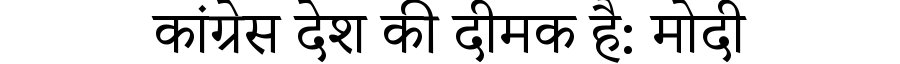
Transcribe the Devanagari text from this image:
कांग्रेस देश की दीमक है: मोदी